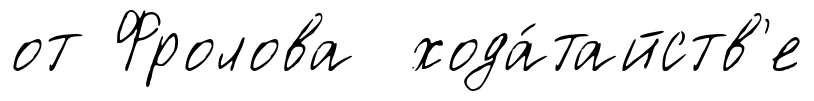
от Фролова хода́тайств'е